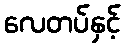
လေတပ်နှင့်